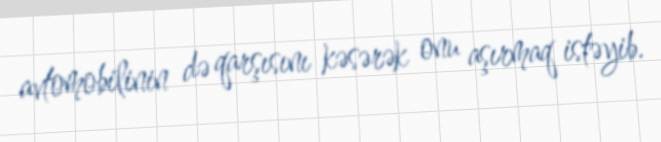
avtomobilinin də qarşısını kəsərək onu aşırmaq istəyib.